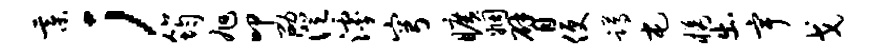
綦；筠旭叩劭澄滹穹旷姻臂便蹲屯橘出宇戈